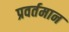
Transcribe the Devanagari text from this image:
प्रवर्तमान